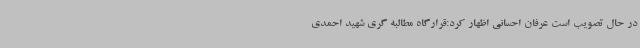
در حال تصویب است عرفان احسانی اظهار کرد:قرارگاه مطالبه گری شهید احمدی